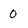
Character: 0